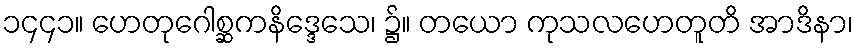
၁၄၄၁။ ဟေတုဂေါစ္ဆကနိဒ္ဒေသေ၊ ၌။ တယော ကုသလဟေတူတိ အာဒိနာ၊